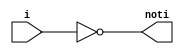
// THIS MODULE INVERTS THE 1-BIT INPUT

module not1
    // I/0:
    (
    input wire i,
    output wire noti
    );
      
    //logic body
    assign noti = ~i;
    
endmodule